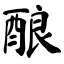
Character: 酿